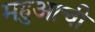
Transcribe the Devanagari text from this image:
महुआची